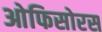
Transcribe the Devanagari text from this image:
ओफिसोरस